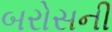
બરોસની